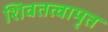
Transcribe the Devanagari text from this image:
शिवतत्वामृत